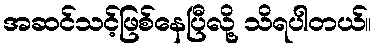
အဆင်သင့်ဖြစ်နေပြီလို့ သိရပါတယ်။